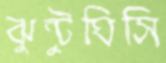
ঝুন্টুঘিসি